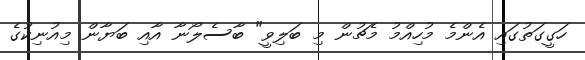
ހަގީގަތުގައި އެންމެ މުހިއްމު މެޗުން މި ބަލިވީ" ބާސެލޯނާ އާއި ބަޔާން މިއުނިކުގެ